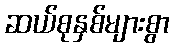
ဆယ်စုနှစ်များစွာ